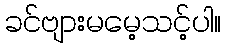
ခင်ဗျားမမေ့သင့်ပါ။